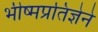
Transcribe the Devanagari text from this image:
भीष्मप्रतिज्ञेने